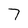
Character: 7